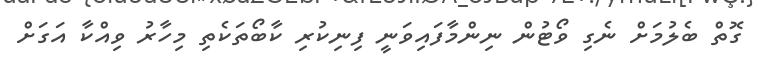
ގޮތް ބެލުމަށް ނެގި ވޯޓުން ނިންމާފައިވަނީ ފިނިކުރި ކާބޯތަކެތި މިހާރު ވިއްކާ އަގަށް